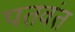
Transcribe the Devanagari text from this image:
पतवंत